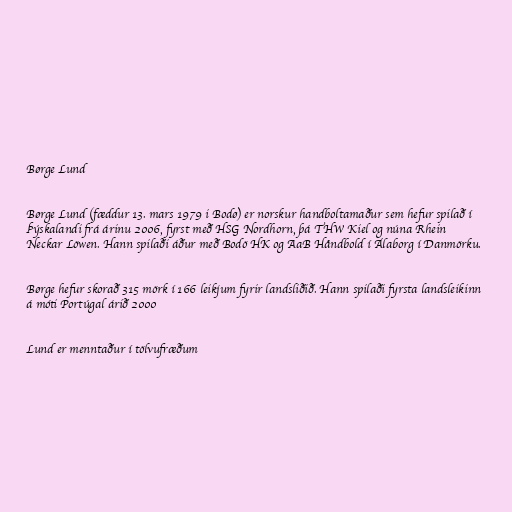
Børge Lund

Børge Lund (fæddur 13. mars 1979 i Bodø) er norskur handboltamaður sem hefur spilað í
Þýskalandi frá árinu 2006, fyrst með HSG Nordhorn, þá THW Kiel og núna Rhein
Neckar Löwen. Hann spilaði áður með Bodö HK og AaB Håndbold í Álaborg í Danmörku.

Børge hefur skorað 315 mörk í 166 leikjum fyrir landsliðið. Hann spilaði fyrsta landsleikinn
á móti Portúgal árið 2000

Lund er menntaður í tölvufræðum